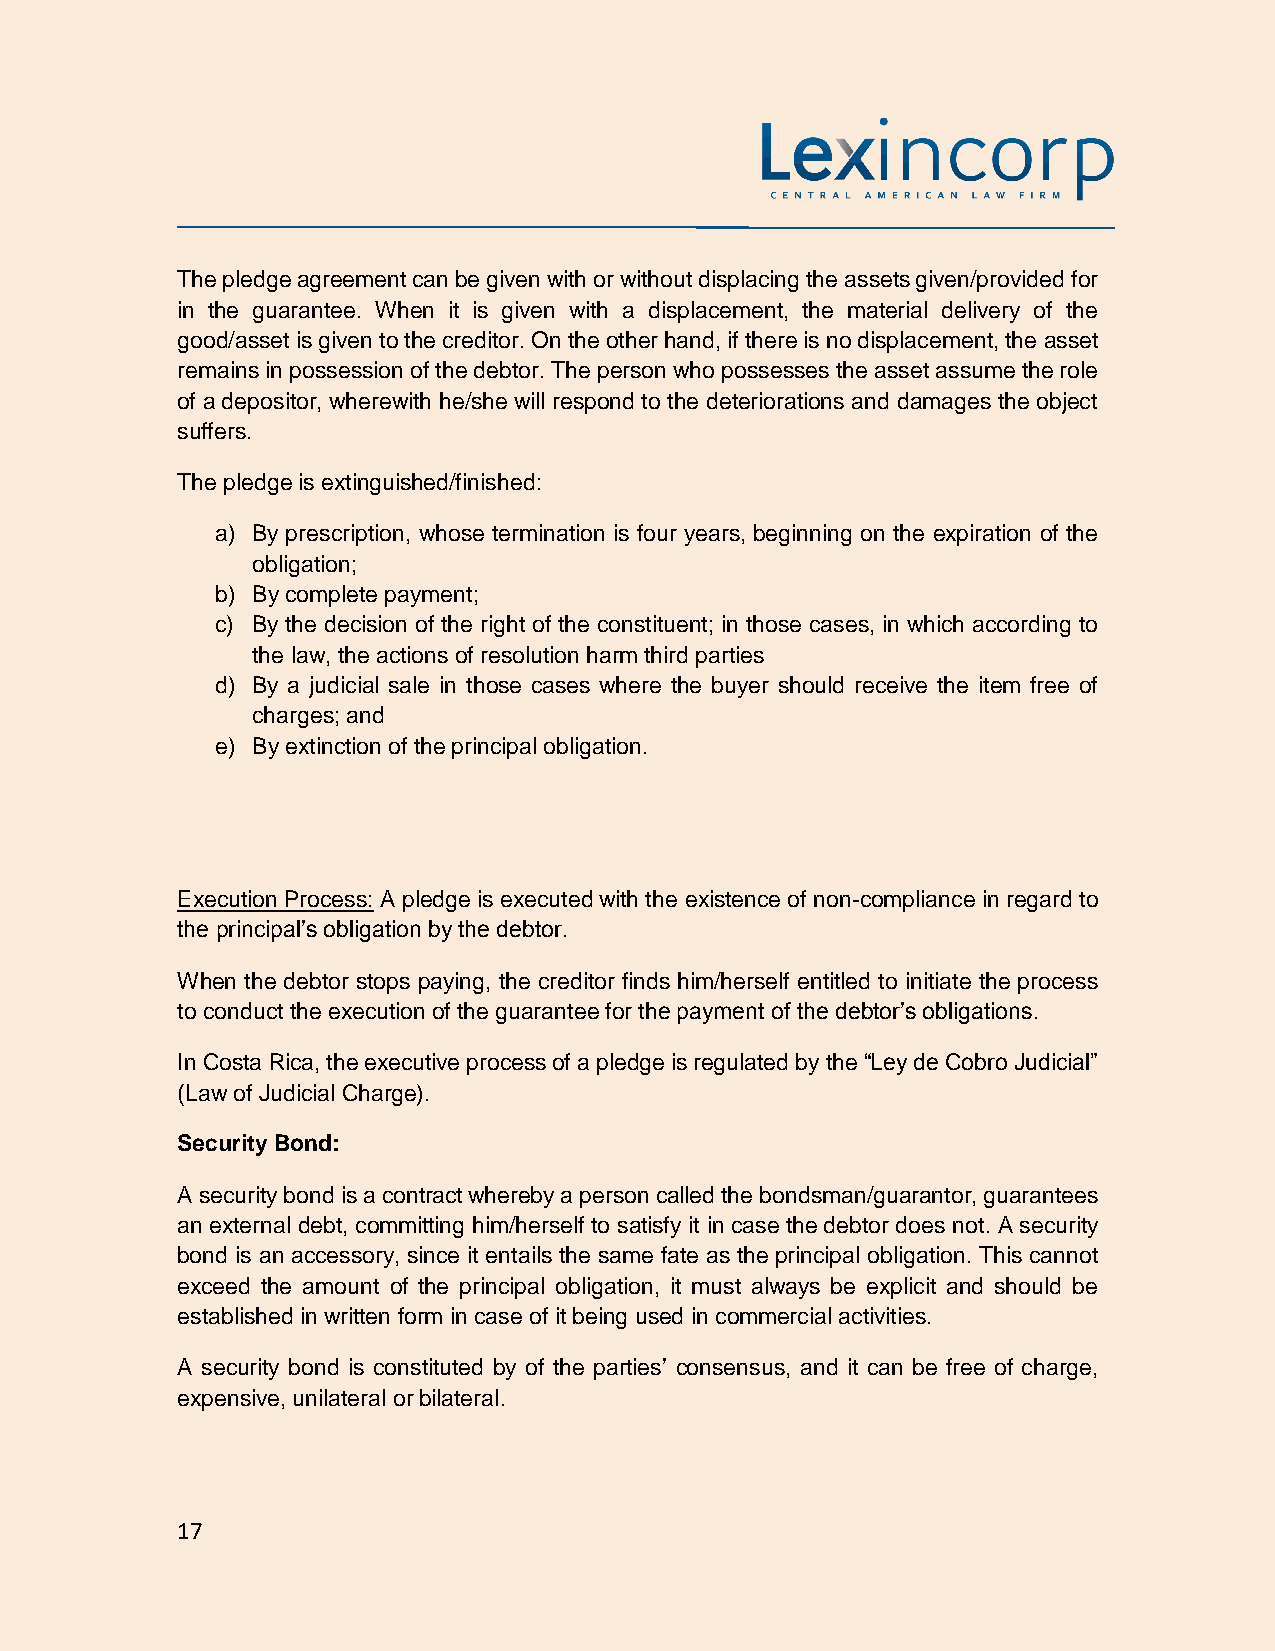
The pledge agreement can be given with or without displacing the assets given/provided for
 in the guarantee. When it is given with a displacement, the material delivery of the
 good/asset is given to the creditor. On the other hand, if there is no displacement, the asset
 remains in possession of the debtor. The person who possesses the asset assume the role
 of a depositor, wherewith he/she will respond to the deteriorations and damages the object
 suffers.
 The pledge is extinguished/finished:
 a) By prescription, whose termination is four years, beginning on the expiration of the
 obligation;
 b) By complete payment;
 c) By the decision of the right of the constituent; in those cases, in which according to
 the law, the actions of resolution harm third parties
 d) By a judicial sale in those cases where the buyer should receive the item free of
 charges; and
 e) By extinction of the principal obligation.
 Execution Process: A pledge is executed with the existence of non-compliance in regard to
 the principal’s obligation by the debtor.
 When the debtor stops paying, the creditor finds him/herself entitled to initiate the process
 to conduct the execution of the guarantee for the payment of the debtor’s obligations.
 In Costa Rica, the executive process of a pledge is regulated by the “Ley de Cobro Judicial”
 (Law of Judicial Charge).
 Security Bond:
 A security bond is a contract whereby a person called the bondsman/guarantor, guarantees
 an external debt, committing him/herself to satisfy it in case the debtor does not. A security
 bond is an accessory, since it entails the same fate as the principal obligation. This cannot
 exceed the amount of the principal obligation, it must always be explicit and should be
 established in written form in case of it being used in commercial activities.
 A security bond is constituted by of the parties’ consensus, and it can be free of charge,
 expensive, unilateral or bilateral.
 17